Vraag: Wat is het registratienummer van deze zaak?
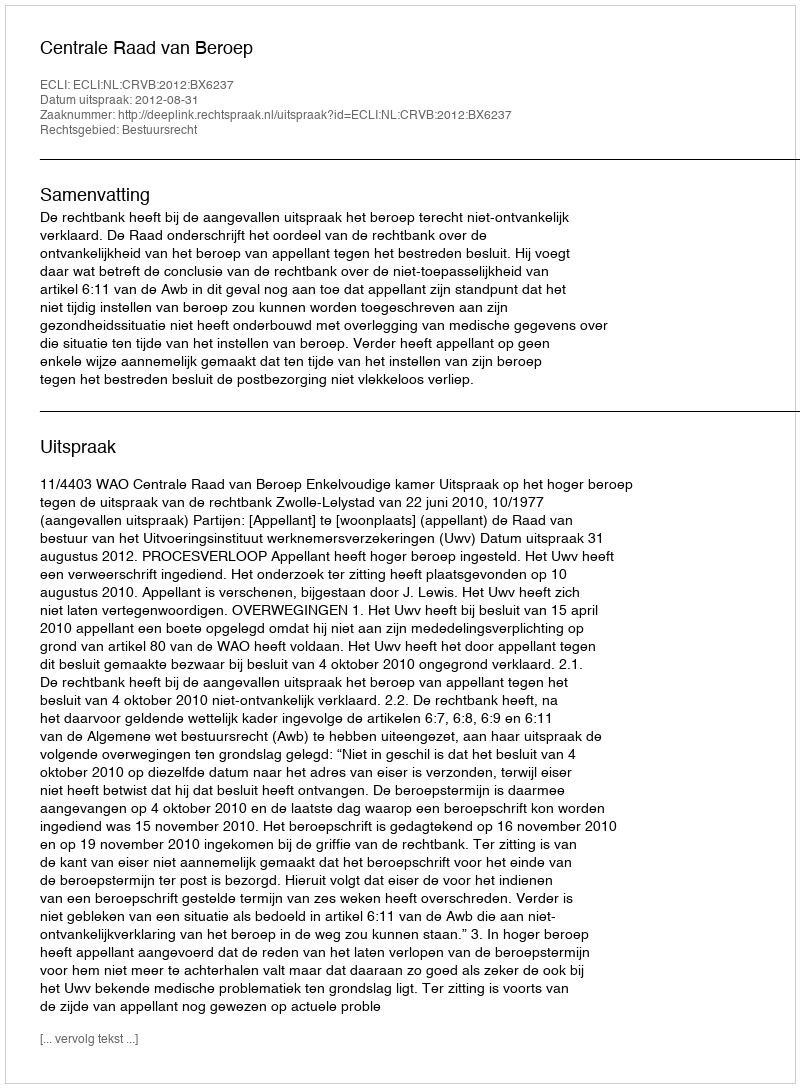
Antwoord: http://deeplink.rechtspraak.nl/uitspraak?id=ECLI:NL:CRVB:2012:BX6237